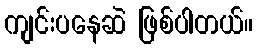
ကျင်းပနေဆဲ ဖြစ်ပါတယ်။